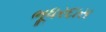
ભૂધરદાસ